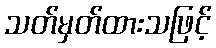
သတ်မှတ်ထားသဖြင့်